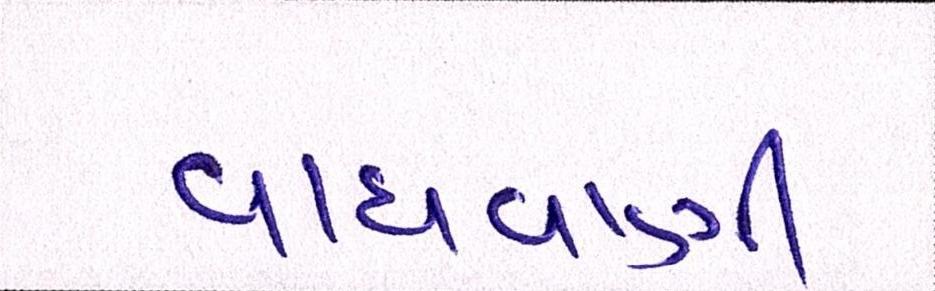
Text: વાધવાણી